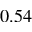
0 . 5 4